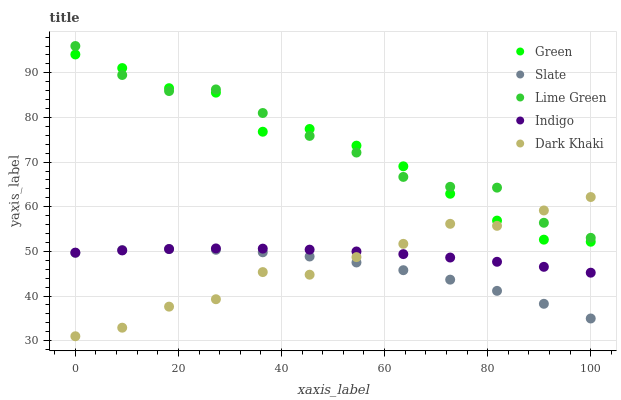
| xaxis_label | Green | Slate | Lime Green | Indigo | Dark Khaki |
 | --- | --- | --- | --- | --- | --- |
 | 0 | 94.1 | 49.7 | 96 | 49.7 | 31 |
 | 9.09 | 91.1 | 50.3 | 89.5 | 50.2 | 32.9 |
 | 18.2 | 86.6 | 50.5 | 85.9 | 50.5 | 37.6 |
 | 27.3 | 85.6 | 50.4 | 86.3 | 50.7 | 39.3 |
 | 36.4 | 76.8 | 49.8 | 81 | 50.6 | 45.4 |
 | 45.5 | 77.4 | 48.9 | 75.9 | 50.4 | 44.8 |
 | 54.5 | 73.7 | 47.5 | 72.1 | 50 | 48.7 |
 | 63.6 | 69.1 | 45.8 | 66.7 | 49.4 | 51.7 |
 | 72.7 | 62.9 | 43.7 | 64.5 | 48.6 | 56.2 |
 | 81.8 | 56.9 | 41.2 | 64.3 | 47.7 | 55.7 |
 | 90.9 | 52.6 | 38.3 | 56.4 | 46.5 | 59.2 |
 | 100 | 52.2 | 35 | 53 | 45.2 | 62.2 |